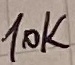
Text: 10K